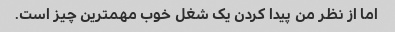
اما از نظر من پیدا کردن یک شغل خوب مهمترین چیز است.